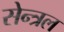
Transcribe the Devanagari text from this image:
सेन्त्रल